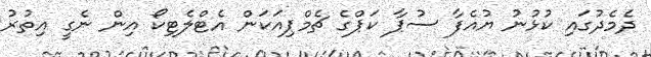
ދެމެދުގައި ކުޅުނު ޔުއެފާ ސުޕާ ކަޕްގެ ޗެމްޕިއަކަން އެޓްލެޓިކޯ އިން ނެގީ އިތުރު